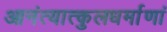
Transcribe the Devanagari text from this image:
आनंत्यात्कुलधर्माणां